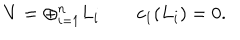
V = \oplus _ { i = 1 } ^ { n } L _ { i } \qquad c _ { 1 } ( L _ { i } ) = 0 .